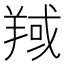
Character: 𦎘